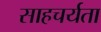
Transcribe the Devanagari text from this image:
साहचर्यता